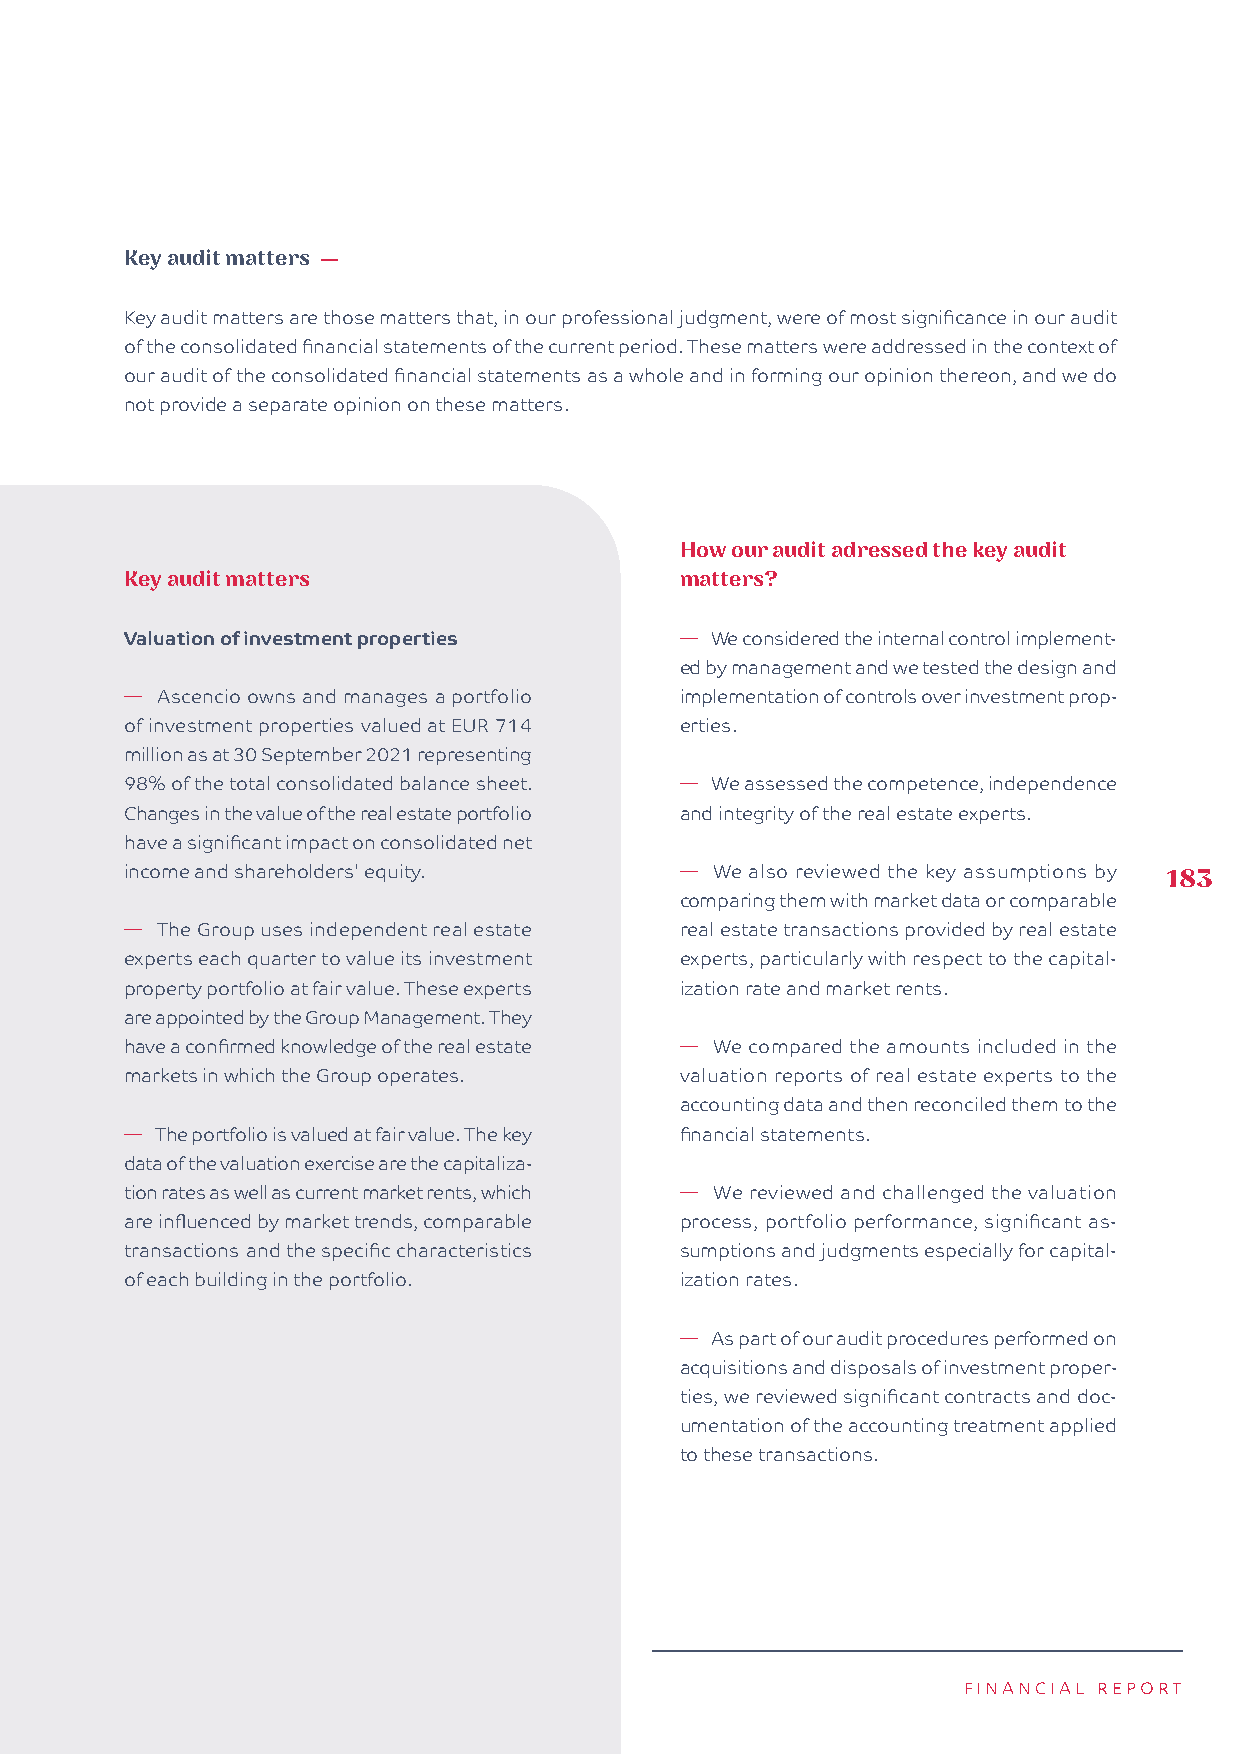
Key audit matters —
 Key audit matters are those matters that, in our professional judgment, were of most significance in our audit
 of the consolidated financial statements of the current period. These matters were addressed in the context of
 our audit of the consolidated financial statements as a whole and in forming our opinion thereon, and we do
 not provide a separate opinion on these matters.
 How our audit adressed the key audit
 Key audit matters                    matters?
 Valuation of investment properties   � We considered the internal control implement-
 ed by management and we tested the design and
 � Ascencio owns and manages a portfolio implementation of controls over investment prop-
 of investment properties valued at EUR 714 erties.
 million as at 30 September 2021 representing
 98% of the total consolidated balance sheet. � We assessed the competence, independence
 Changes in the value of the real estate portfolio and integrity of the real estate experts.
 have a significant impact on consolidated net
 income and shareholders' equity.     � We also reviewed the key assumptions by 183
 comparing them with market data or comparable
 � The Group uses independent real estate real estate transactions provided by real estate
 experts each quarter to value its investment experts, particularly with respect to the capital-
 property portfolio at fair value. These experts ization rate and market rents.
 are appointed by the Group Management. They
 have a confirmed knowledge of the real estate � We compared the amounts included in the
 markets in which the Group operates. valuation reports of real estate experts to the
 accounting data and then reconciled them to the
 � The portfolio is valued at fair value. The key financial statements.
 data of the valuation exercise are the capitaliza-
 tion rates as well as current market rents, which � We reviewed and challenged the valuation
 are influenced by market trends, comparable process, portfolio performance, significant as-
 transactions and the specific characteristics sumptions and judgments especially for capital-
 of each building in the portfolio.   ization rates.
 � As part of our audit procedures performed on
 acquisitions and disposals of investment proper-
 ties, we reviewed significant contracts and doc-
 umentation of the accounting treatment applied
 to these transactions.
 FINANCIAL REPORT